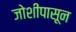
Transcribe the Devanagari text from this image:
जोशींपासून